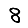
Digit: 8